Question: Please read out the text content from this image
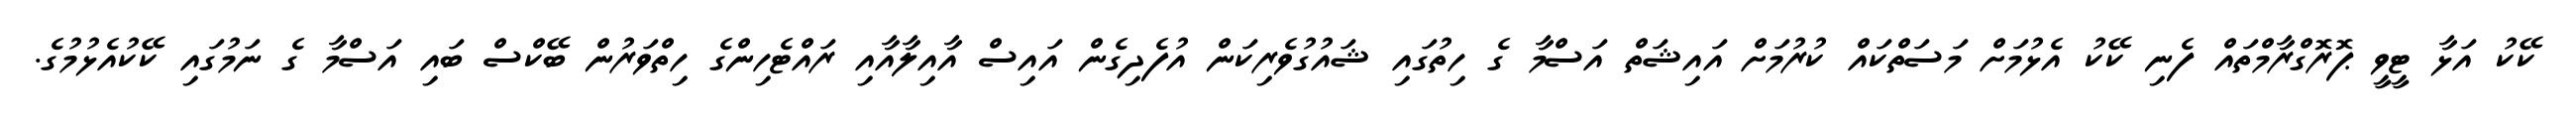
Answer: ކޭކު އަޅާ ޓީވީ ޕޮރޮގްރާމްތައް ފެނި ކޭކު އެޅުމަށް މަސަތްކައް ކުރުމަށް އައިޝަތް އަސްމާ ގެ ހިތުގައި ޝައުގުވެރިކަން އުފެދިގެން އައިސް އާއިލާއާއި ރައްޓެހިންގެ ހިތްވަރުން ބޭކްސް ބައި އަސްމާ ގެ ނަމުގައި ކޭކުއެޅުމުގެ.